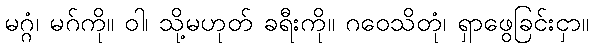
မဂ္ဂံ၊ မဂ်ကို။ ဝါ၊ သို့မဟုတ် ခရီးကို။ ဂဝေသိတုံ၊ ရှာဖွေခြင်းငှာ။